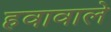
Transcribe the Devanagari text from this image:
हवावाले